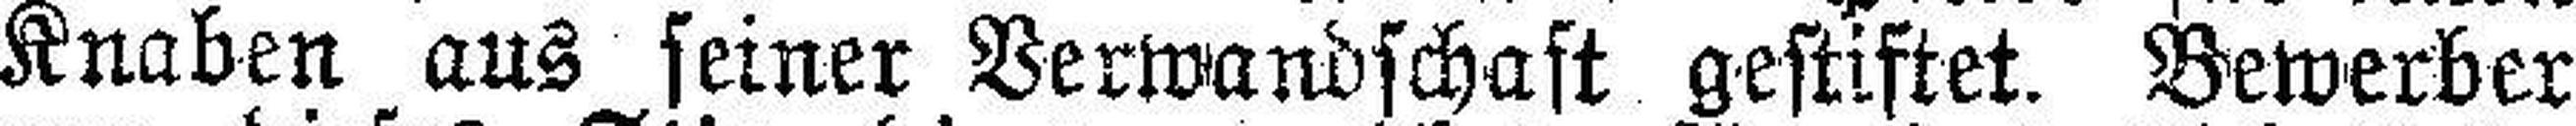
Knaben aus seiner Verwandschaft gestiftet. Bewerber